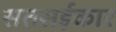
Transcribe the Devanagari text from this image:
सतसईकार